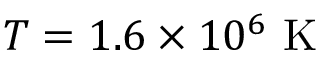
T = 1 . 6 \times 1 0 ^ { 6 } \mathrm { ~ K ~ }